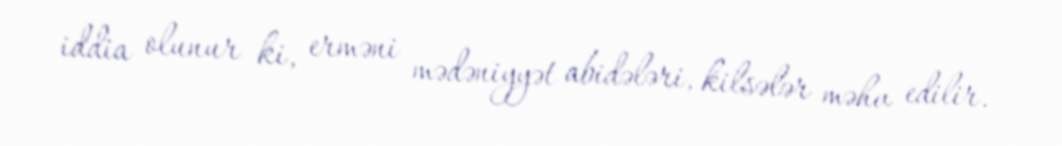
iddia olunur ki, erməni mədəniyyət abidələri, kilsələr məhv edilir.